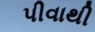
પીવાથી